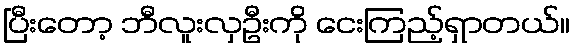
ပြီးတော့ ဘီလူးလှဦးကို ငေးကြည့်ရှာတယ်။